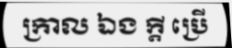
ក្រាល ឯង ក្តី ប្រើ